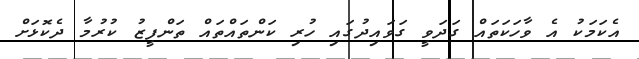
އެކަމަކު އެ ވާހަކަތައް ގަދަވީ ގަވައިދުގައި ހުރި ކަންތައްތައް ތަންފީޒު ކުރުމާ ދެކޮޅަށް